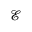
\scriptstyle { \mathcal { E } }